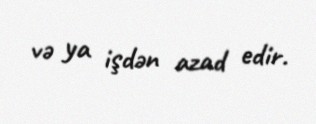
və ya işdən azad edir.